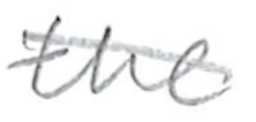
Text: the
Cross-out: diagonal
Writing tool: pencil